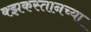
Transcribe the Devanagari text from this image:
क्झकस्तानच्या